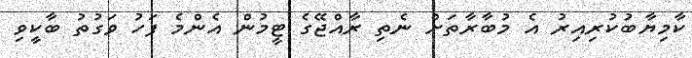
ކާމިޔާބުކުރިއިރު އެ މުބާރާތަށް ނެތި ރާއްޖޭގެ ޓީމުން އެންމެ ފަހު ވަގުތު ބާކީވި